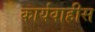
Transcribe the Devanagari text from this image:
कार्यवाहीस